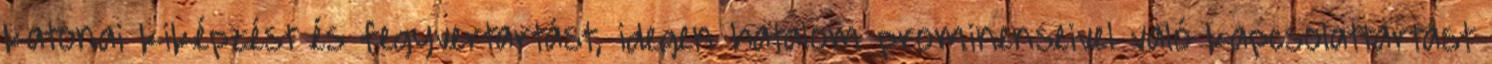
katonai kiképzést és fegyvertartást, idegen hatalom prominenseivel való kapcsolattartást